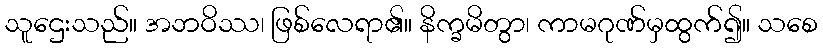
သူဌေးသည်။ အဘဝိဿ၊ ဖြစ်လေရာ၏။ နိက္ခမိတွာ၊ ကာမဂုဏ်မှထွက်၍။ သစေ